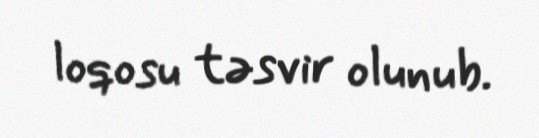
loqosu təsvir olunub.